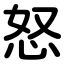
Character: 怒